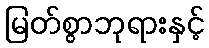
မြတ်စွာဘုရားနှင့်